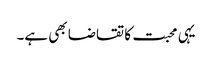
یہی محبت کا تقاضا بھی ہے۔